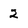
Character: 2